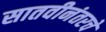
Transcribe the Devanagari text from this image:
सातवीनंतरचे